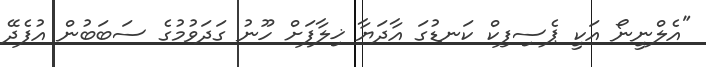
"އެލްނީނޯ އަކީ ޕެސިފިކް ކަނޑުގަ އާދަޔާ ޚިލާފަށް ހޫނު ގަދަވުމުގެ ސަބަބުން އުފެދޭ